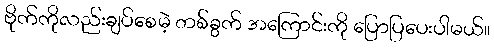
ဗိုက်ကိုလည်းချပ်စေမဲ့ တစ်ခွက် အကြောင်းကို ပြောပြပေးပါမယ်။